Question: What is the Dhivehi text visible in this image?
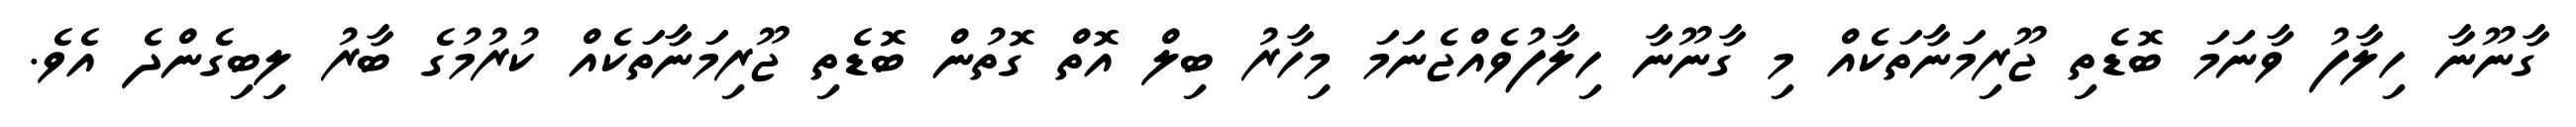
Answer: ގާނޫނާ ހިލާފު ވާނަމަ ބޮޑެތި ޖޫރިމަނާތަކެއް މި ގާނޫނާ ހިލާފުވެއްޖެނަމަ މިހާރު ބިލް އޮތް ގޮތުން ބޮޑެތި ޖޫރިމަނާތަކެއް ކުރުމުގެ ބާރު ލިބިގެންދެ އެވެ.